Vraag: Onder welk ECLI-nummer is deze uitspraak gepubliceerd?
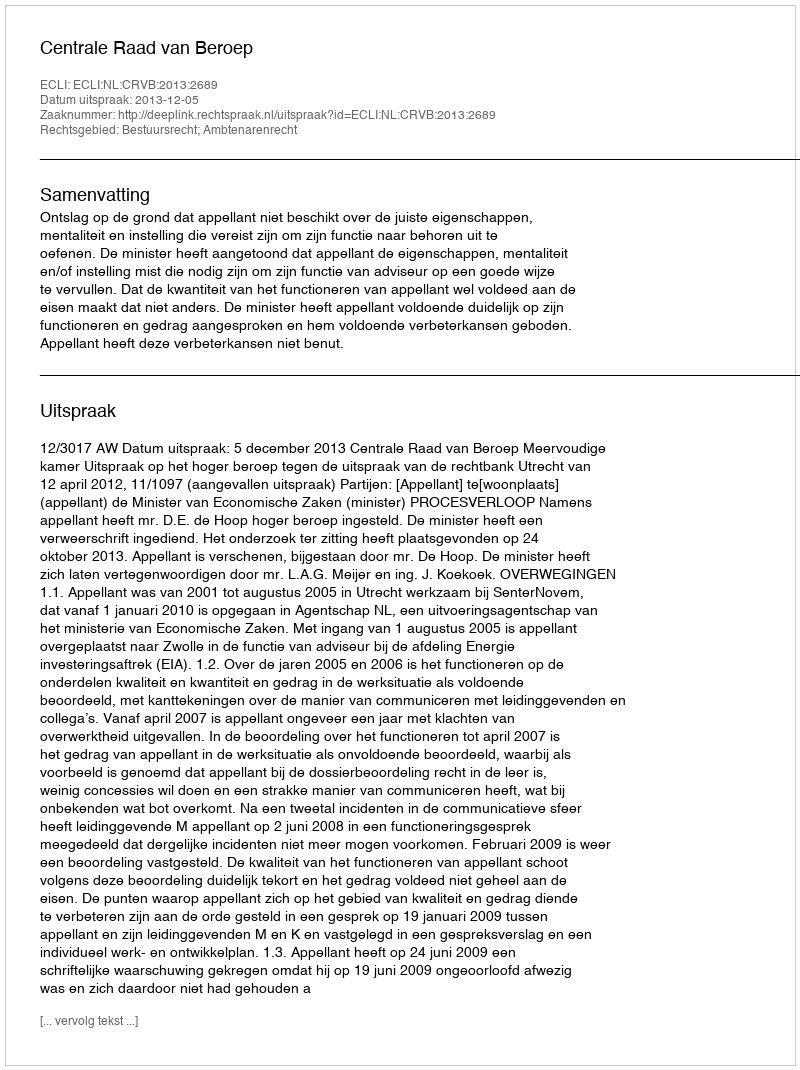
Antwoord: ECLI:NL:CRVB:2013:2689